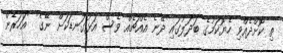
ތި ކޮށްދެއްވި ހެޔޮކަމުގެ ބަދަލުގައި ދޭނެ އެއްޗެއް ވެސް އަޅުގަނޑަކަށް ނޭގެ" "އަހަރެން